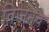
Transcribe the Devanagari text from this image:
विजनचे